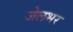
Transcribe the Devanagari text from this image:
जेलभर